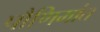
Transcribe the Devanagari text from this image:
पौणिमांत